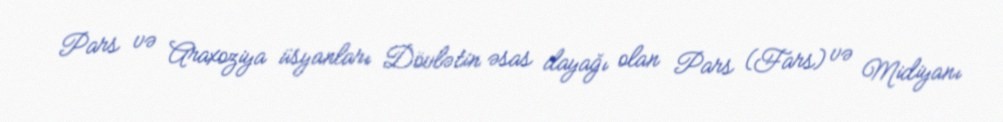
Pars və Araxoziya üsyanları Dövlətin əsas dayağı olan Pars (Fars) və Midiyanı